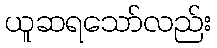
ယူဆရသော်လည်း